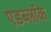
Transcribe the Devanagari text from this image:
एडब्लॉक